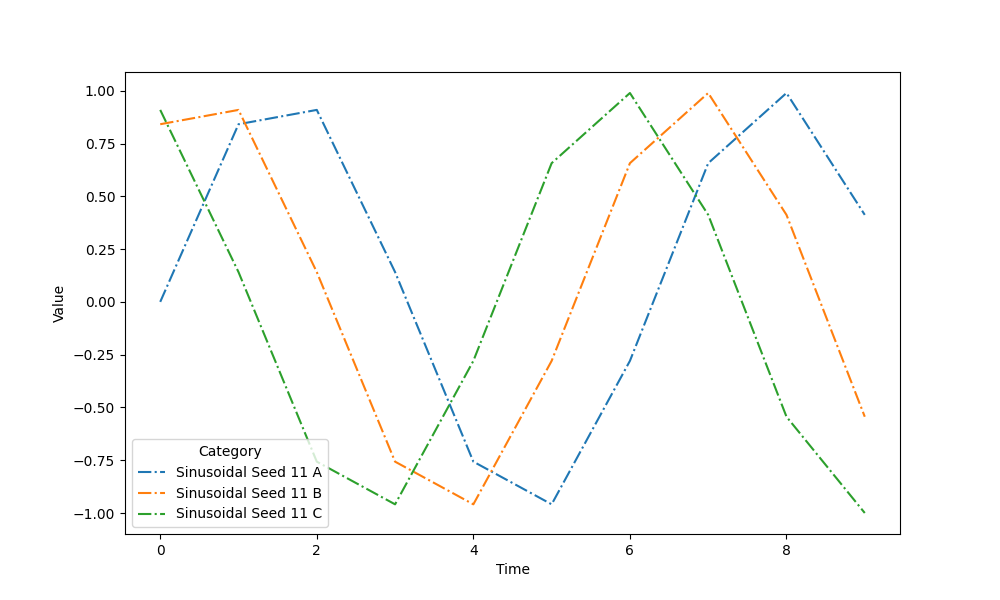
python, seaborn, lineplot, style='dashdot', marker='None'